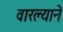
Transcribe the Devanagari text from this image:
वारल्याने